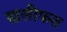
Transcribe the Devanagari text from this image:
खलीफत